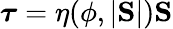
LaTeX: \boldsymbol{\tau}=\eta(\phi,|\mathrm{\mathbf S}|)\mathrm{\mathbf S}